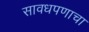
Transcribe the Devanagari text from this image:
सावधपणाचा